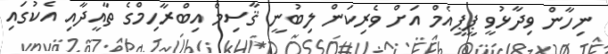
ނިހާން ވިދާޅުވީ ޕީޕީއެމް އަށް ވެރިކަން ލިބުނީ ޤާސިމް އިބްރާހިމްގެ ތާއީދާއި އެކުގައި